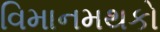
વિમાનમથકો